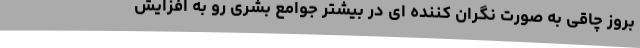
بروز چاقی به صورت نگران کننده ای در بیشتر جوامع بشری رو به افزایش